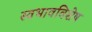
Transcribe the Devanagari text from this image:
स्वभावविशेष